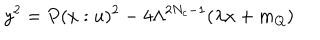
LaTeX: y ^ { 2 } = P ( x : u ) ^ { 2 } - 4 \Lambda ^ { 2 N _ { c } - 1 } ( \lambda x + m _ { Q } ) \nonumber